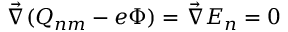
\vec { \nabla } ( Q _ { n m } - e \Phi ) = \vec { \nabla } E _ { n } = 0